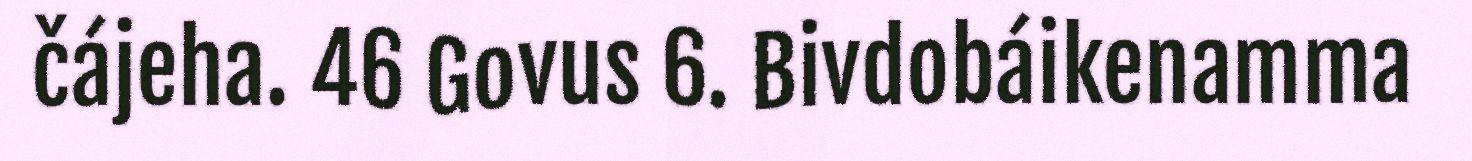
čájeha. 46 Govus 6. Bivdobáikenamma